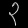
Digit: ၃